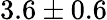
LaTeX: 3.6\pm 0.6